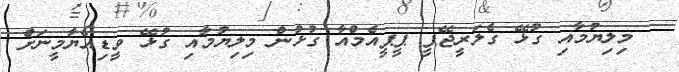
މިލިޔުމާއި ގުޅޭ ގެލަރީޖޭޕީ ޕީޕީއެމްއާ ގުޅުން މިލިޔުމާއި ގުޅޭ ވީޑިއޯޔާމީނަށް